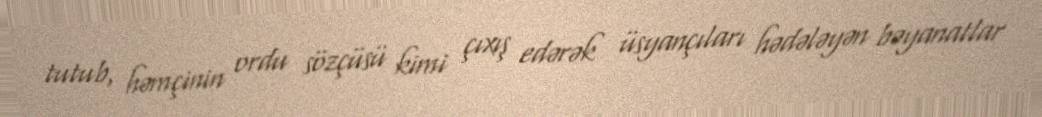
tutub, həmçinin ordu sözçüsü kimi çıxış edərək üsyançıları hədələyən bəyanatlar